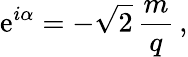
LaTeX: \mathrm{e}^{i\alpha}=-\sqrt{2}\, \frac{m}{q}\, ,